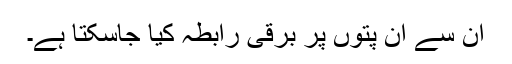
ان سے ان پتوں پر برقی رابطہ کیا جاسکتا ہے۔